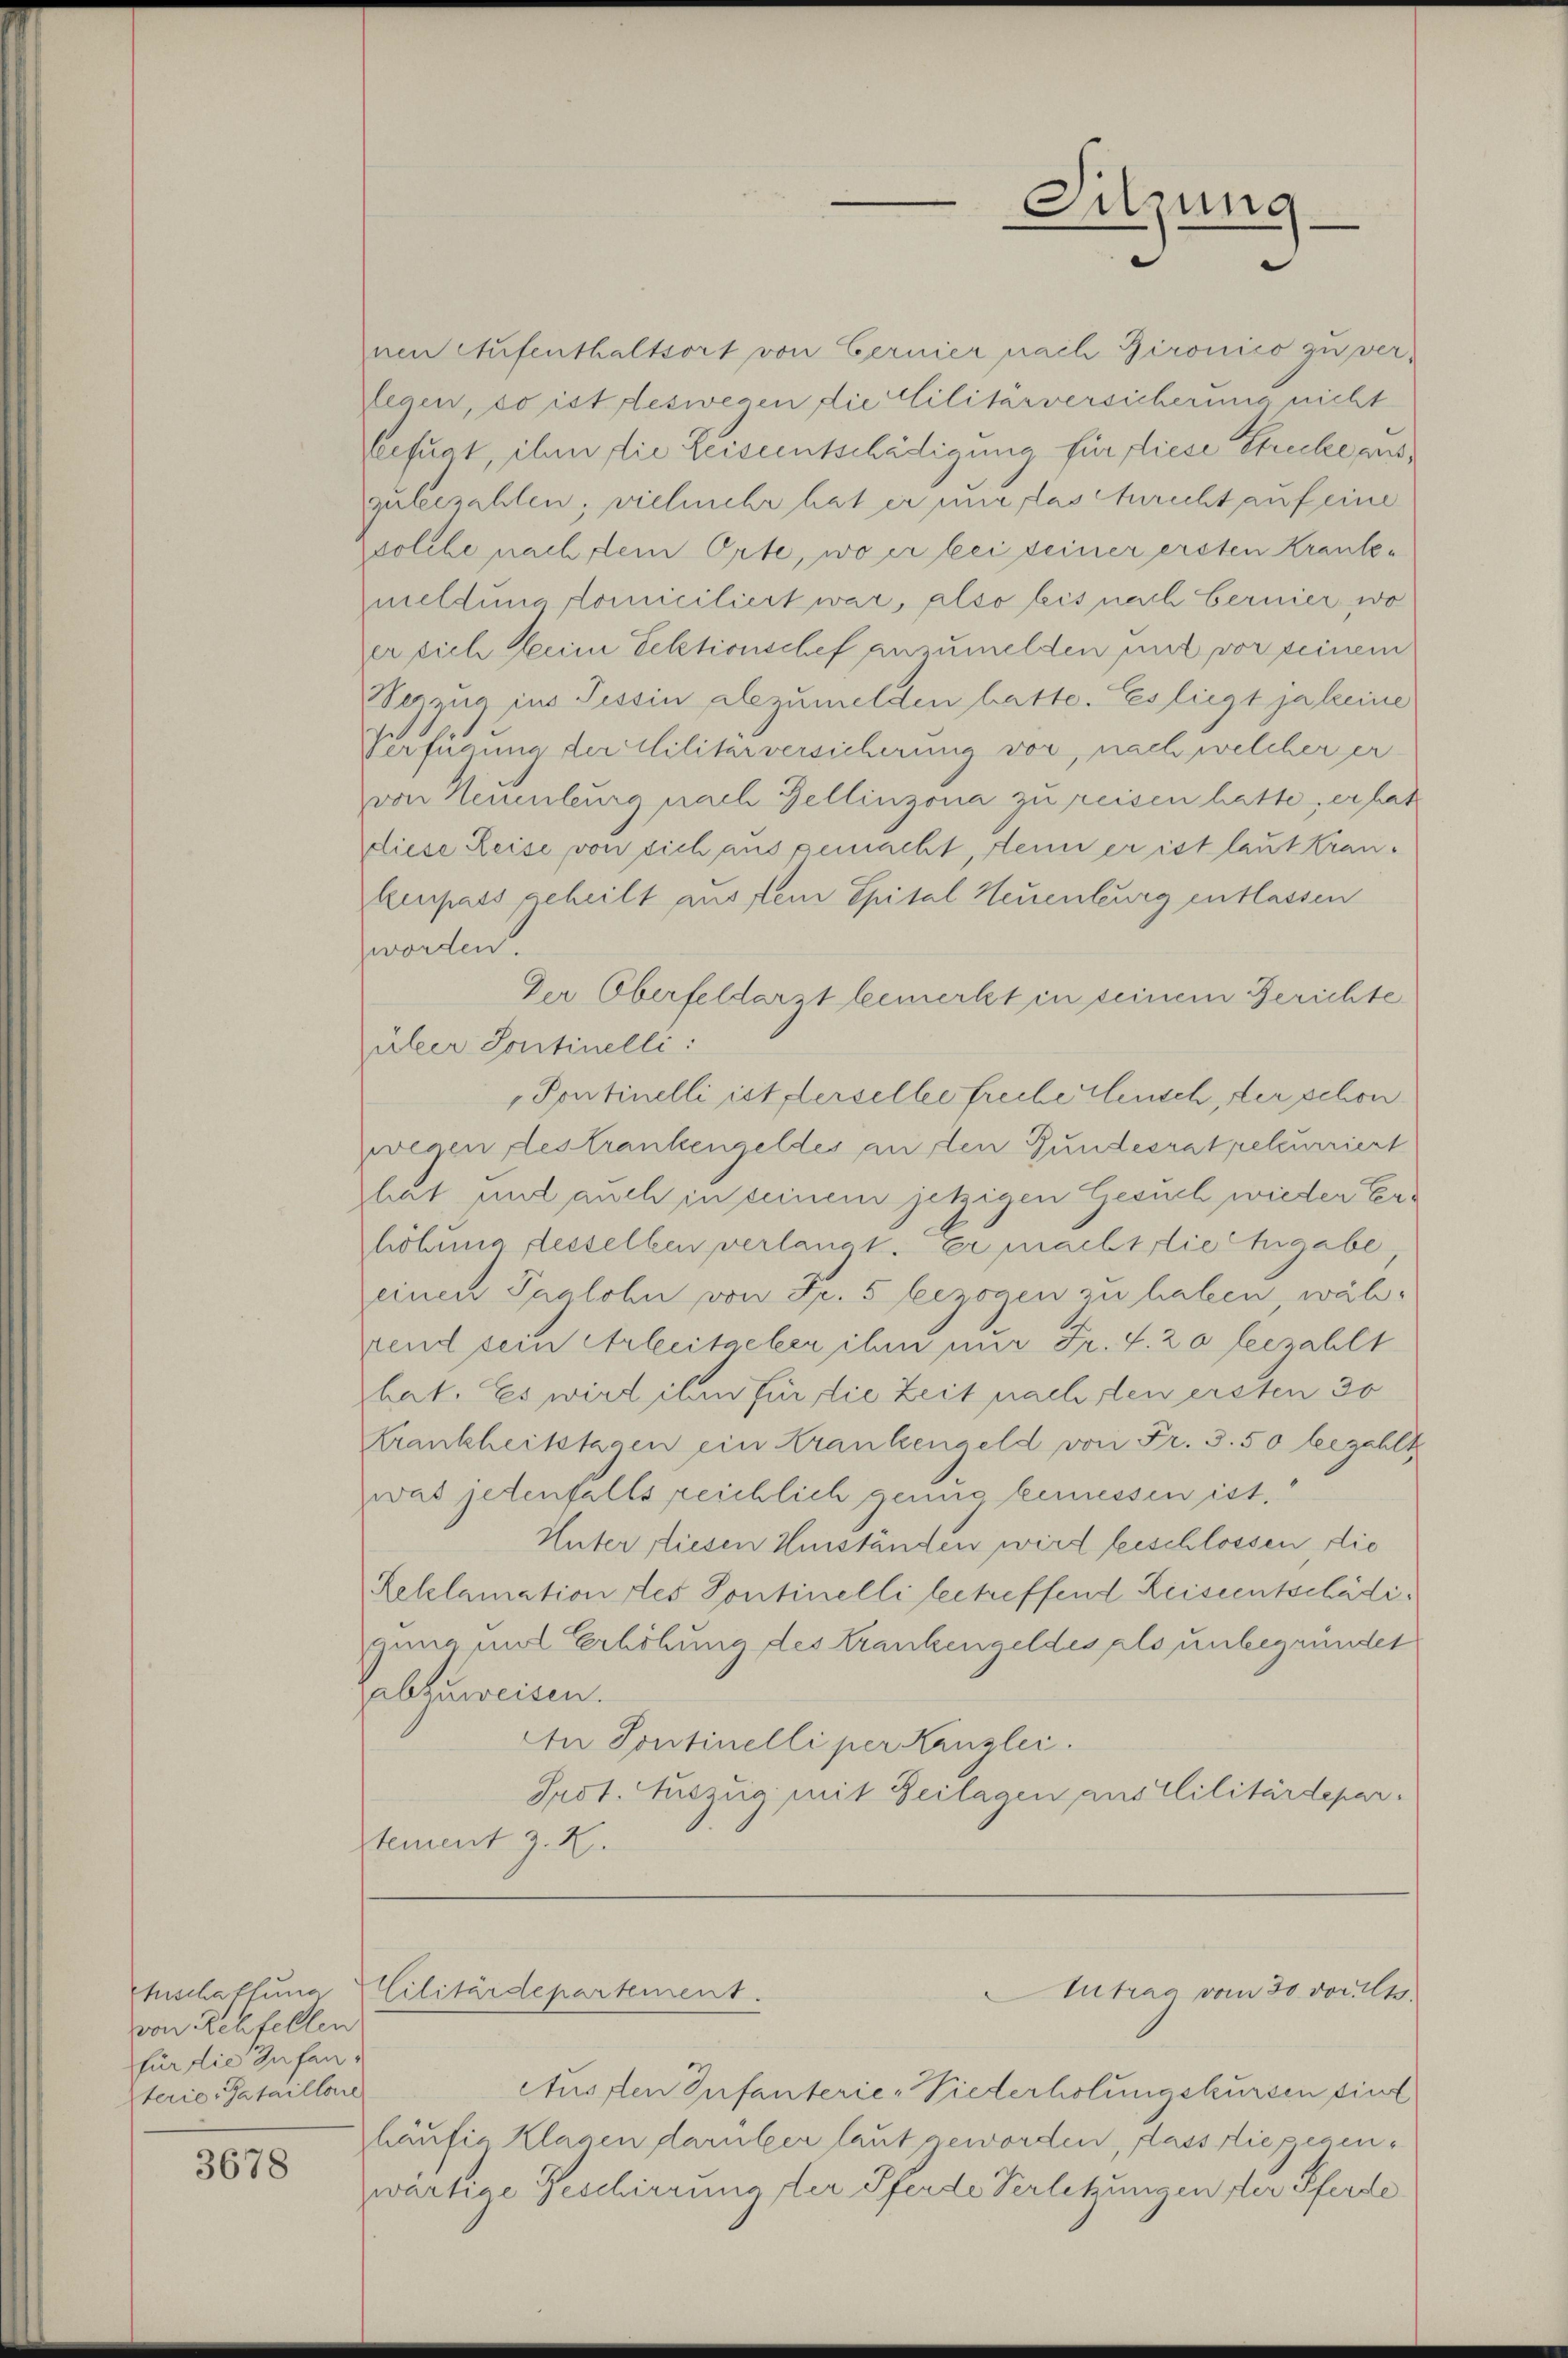
Anschaftung
von Rehfellen
für die Zufansterie-Bataillone

3678

nen Aufenthaltsort von Cernier nach Bironico zu verlenen, so ist deswegen die Militärversicherung nicht
Erfurt, ihm die Leisentschädigung für diese Strecke aus
zubezahlen; vielmehr hat er mir las tricht auf eine
solche nach dein Orte, wo er bei seiner ersten Krankemelduna domiciliert war, also bis nach bernier wo
er sich Mein Lektionschef anzumelden mit vor seinem
Nerzuo ins Tessin abzumelden batte. Es liegt ja keine
Verfügung der Militärversicherung vor, nach welcher er
von Neuenburg nach Zellinzona zu reisen hatte, er hat
diese Reise von sich ausgemacht, denn er ist laut kran¬
Empass geheilt ausstem Spital Neuenburg entlassen
worden.
Der Oberfeldarzt bemerkt in seinem Gerichte
aler Sontinelli:
Pontinelli ist derselbe freche Eleusch, der schon
wegen des trankengeldes an den Bundesrathelcurriert
hat mit auch in seinem jetzigen Gesuch wieder Erhöhung desselben verlangt. Er machtrie higabe
einen Taglohn von Fr. 5 bezogen zu haben, wäh-
prend sein Arbeitgeber ihm nur Fr. S. 20 bezahlt
hat. Es wird ihm für die Zeit nach den ersten 30
Krankheitstagen ein Krankengeld von Fr. 3. 50 bezahlt
was jetenfalls reichlich genug bemessen ist,
Unter diesen Umständen wird beschlossen, die
Relelamation des Pontinelli betreffend Reiseentschädigung mit Erhöhung des Krankengeldes als unbegründet
abzuweisen.
An Sontinelli per Kanzlei.
Prot. Auszug mit Zeilagen aus Militärdepar-
stement z. B.

Cilitärdepartement.

Ausflen Infanterie-Piederholungskursen sint
häufig Klagen darüber laut geworden, dass die gegenzwärtige Beschirrung der Pferde Verletzungen der Pferde

Sitzung
e

Autrag vom 30. vom 19.